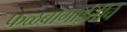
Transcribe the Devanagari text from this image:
फळबागाईतीचे